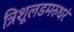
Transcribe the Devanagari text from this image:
त्रिशूलडमरुधरं